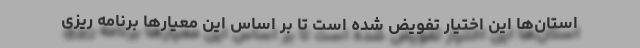
استان‌ها این اختیار تفویض شده است تا بر اساس این معیارها برنامه ریزی